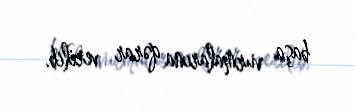
başa vurmalarına qərar verilib.